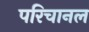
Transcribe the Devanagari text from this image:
परिचानल